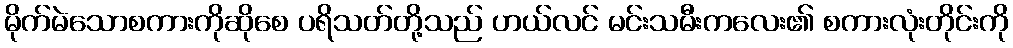
မိုက်မဲသောစကားကိုဆိုစေ ပရိသတ်တို့သည် ဟယ်လင် မင်းသမီးကလေး၏ စကားလုံးတိုင်းကို